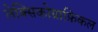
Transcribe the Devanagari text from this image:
लेक्सिकोग्राफ़िकल